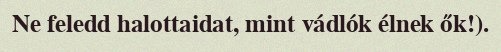
Ne feledd halottaidat, mint vádlók élnek ők!).